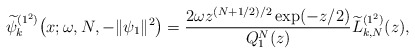
\begin{gather*} \widetilde{\psi }_{k}^{( 1^{2}) }\big(x;\omega ,N,- \Vert \psi _{1} \Vert ^{2}\big)=\frac{2\omega z^{(N+1/2) /2}\exp ( -z/2) }{Q_{1}^{N}(z)}\widetilde{L}_{k,N}^{( 1^{2}) }( z) ,\end{gather*}